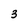
Character: 3